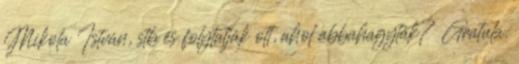
Mikola István, stb és folytatják ott, ahol abbahagyták? Gratula.